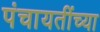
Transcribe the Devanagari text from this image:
पंचायतींच्या